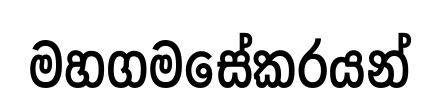
මහගමසේකරයන්